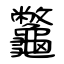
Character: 龞